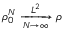
\rho _ { 0 } ^ { N } \xrightarrow [ N \rightarrow \infty ] { L ^ { 2 } } \rho